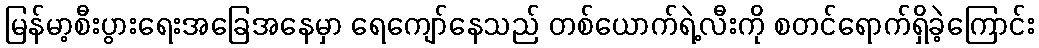
မြန်မာ့စီးပွားရေးအခြေအနေမှာ ရေကျော်နေသည် တစ်ယောက်ရဲ့လီးကို စတင်ရောက်ရှိခဲ့ကြောင်း